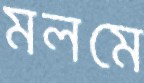
মলমে